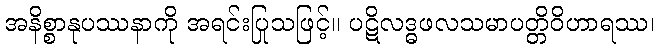
အနိစ္စာနုပဿနာကို အရင်းပြုသဖြင့်။ ပဋိလဒ္ဓဖလသမာပတ္တိဝိဟာရဿ၊